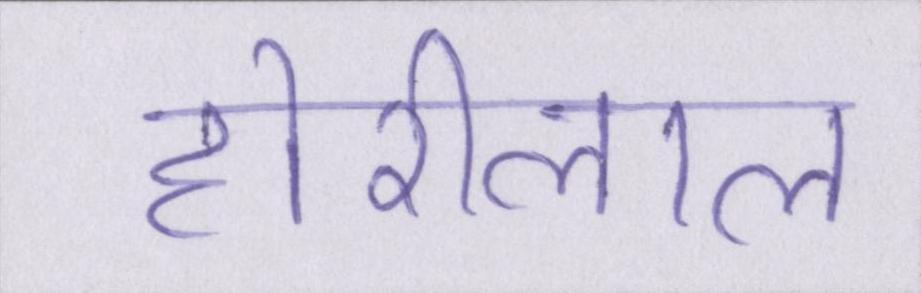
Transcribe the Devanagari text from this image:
होरीलाल